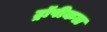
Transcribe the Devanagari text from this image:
ट्रॉपीकल